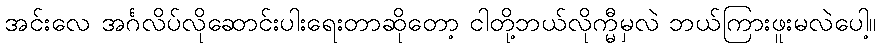
အင်းလေ အင်္ဂလိပ်လိုဆောင်းပါးရေးတာဆိုတော့ ငါတို့ဘယ်လိုက္မှီမလဲ ဘယ်ကြားဖူးမလဲပေါ့။